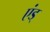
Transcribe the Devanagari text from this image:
एंड्